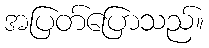
အပြတ်ပြောသည်။